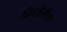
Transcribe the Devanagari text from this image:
चित्रशैलींचा